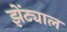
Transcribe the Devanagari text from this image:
झेंट्याल